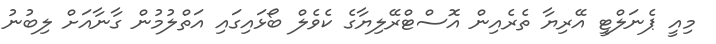
މިއީ ޕެނަލްޓީ އޭރިޔާ ތެރެއިން އޮސްޓްރޭލިޔާގެ ކެވެލް ބޯޅައިގައި އަތްލުމުން ގާނާއަށް ލިބުނު